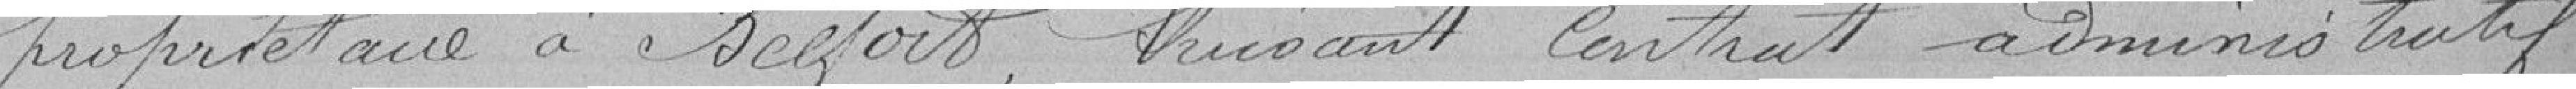
propriétaire à Belfort, huisant contrat administratif